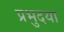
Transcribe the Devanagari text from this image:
प्रभुदया